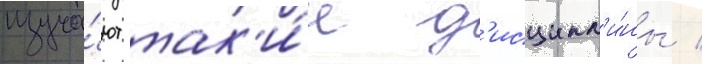
изуча́ют так'и́е д'исципл'и́ны /